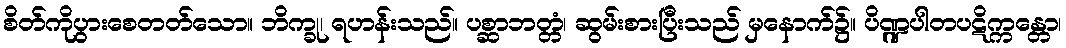
စိတ်ကိုပွားစေတတ်သော။ ဘိက္ခု၊ ရဟန်းသည်။ ပစ္ဆာဘတ္တံ၊ ဆွမ်းစားပြီးသည် မှနောက်၌။ ပိဏ္ဍပါတပဋိက္ကန္တော၊